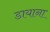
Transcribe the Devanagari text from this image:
डायाना